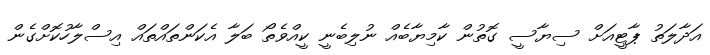
އަދާލަތު ޕާޓީއަށް ސިޔާސީ ގޮތުން ކާމިޔާބެއް ނުލިބެނީ ކީއްވެތޯ ބަލާ އެކަންތައްތައް އިސްލާހުކޮށްގެން